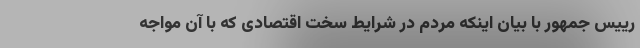
رییس جمهور با بیان اینکه مردم در شرایط سخت اقتصادی که با آن مواجه